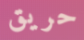
حريق